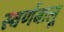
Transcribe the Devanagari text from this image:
स्वर्णबालू